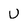
Character: U